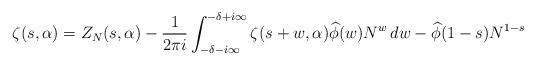
LaTeX: \begin{gather*}\zeta(s,\alpha)= Z_N(s,\alpha)- \frac{1}{2\pi i} \int_{-\delta-i \infty}^{-\delta+i \infty} \zeta(s+w,\alpha) \widehat{\phi}(w) N^w \,dw- \widehat{\phi}(1-s) N^{1-s} \end{gather*}